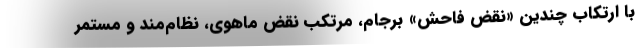
با ارتکاب چندین «نقض فاحش» برجام، مرتکب نقض ماهوی، نظام‌مند و مستمر